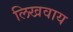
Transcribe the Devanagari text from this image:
लिखवाय